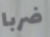
ضربا